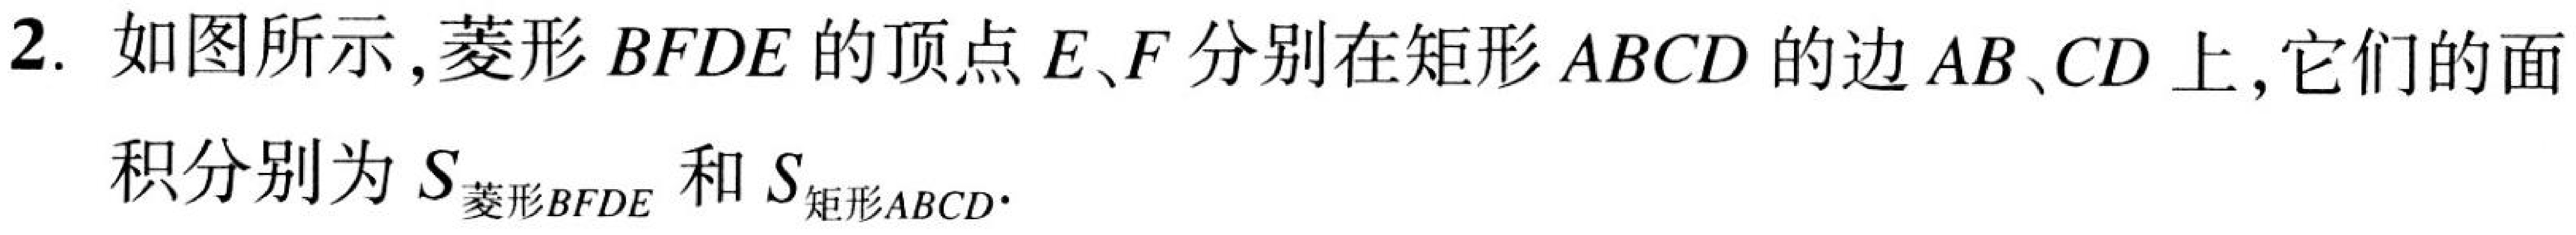
2. 如图所示,菱形 \(BFDE\) 的顶点 \(E、F\) 分别在矩形 \(ABCD\) 的边 \(AB、CD\) 上,它们的面
积分别为 \(S_{菱形BFDE}\) 和 \(S_{矩形ABCD}\).